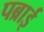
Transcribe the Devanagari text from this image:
पब्राई